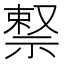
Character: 𬓊